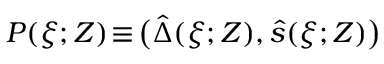
P ( \xi ; Z ) \! \equiv \! \big ( \hat { \Delta } ( \xi ; Z ) , \hat { s } ( \xi ; Z ) \big )